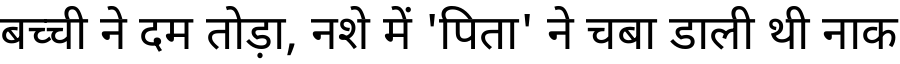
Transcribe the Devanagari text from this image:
बच्ची ने दम तोड़ा, नशे में 'पिता' ने चबा डाली थी नाक